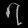
Digit: ၇